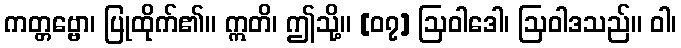
ကတ္တဗ္ဗော၊ ပြုထိုက်၏။ ဣတိ၊ ဤသို့။ [၀၇] ဩဝါဒေါ၊ ဩဝါဒသည်။ ဝါ၊